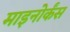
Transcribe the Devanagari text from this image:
माइनोर्कंस